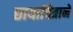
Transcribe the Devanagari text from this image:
छायाचित्राने